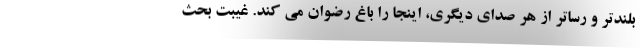
بلندتر و رساتر از هر صدای دیگری، اینجا را باغ رضوان می کند. غیبت بحث